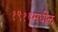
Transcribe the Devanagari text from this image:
१९१६मधील